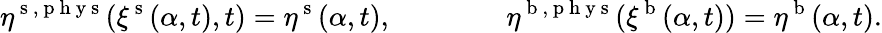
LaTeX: \eta^{\mathrm{~s~},\mathrm{~p~h~y~s~}}(\xi^{\mathrm{~s~}}(\alpha,t),t)=\eta^{\mathrm{~s~}}(\alpha,t),\qquad\qquad\eta^{\mathrm{~b~},\mathrm{~p~h~y~s~}}(\xi^{\mathrm{~b~}}(\alpha,t))=\eta^{\mathrm{~b~}}(\alpha,t).